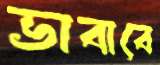
ভাবাবে